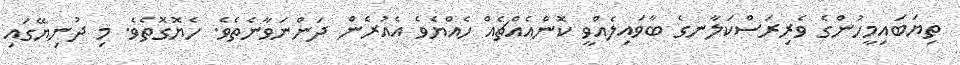
ތިޔަބައިމީހުންގެ ވެރިރަސްކަލާނގެ ބާވައިލެއްވީ ކޮންއެއްޗެއް ހެއްޔެވެ އެއުރެން ދަންނަވާނެތެވެ. ހެޔޮގޮތެވެ. މި ދުނިޔޭގައި